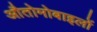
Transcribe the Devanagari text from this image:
औतोमोबाइलों